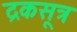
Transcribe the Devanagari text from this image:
द्रकसूत्र